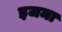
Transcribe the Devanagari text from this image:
इजमा